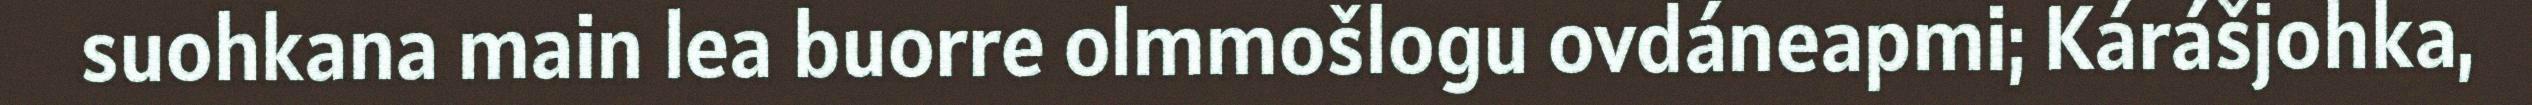
suohkana main lea buorre olmmošlogu ovdáneapmi; Kárášjohka,